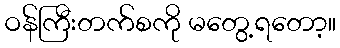
ဝန်ကြီးတက်စကို မတွေ့ရတော့။